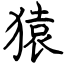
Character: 猿